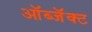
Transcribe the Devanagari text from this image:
ऑब्जॅक्ट